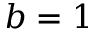
b = 1